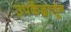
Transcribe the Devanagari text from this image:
उपकेंद्रातून